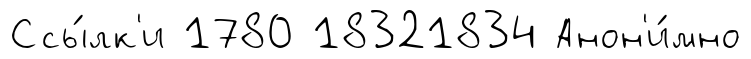
Ссы́лк'и 1780 18321834 Анон'и́мно